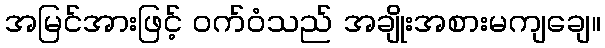
အမြင်အားဖြင့် ဝက်ဝံသည် အချိုးအစားမကျချေ။